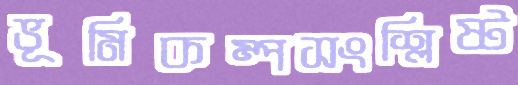
ভূমিকম্পসংশ্লিষ্ট